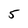
Character: 5